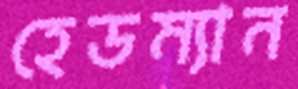
হেডম্যান